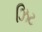
ઝિટ